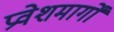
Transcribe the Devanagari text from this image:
प्रवेशमार्गों